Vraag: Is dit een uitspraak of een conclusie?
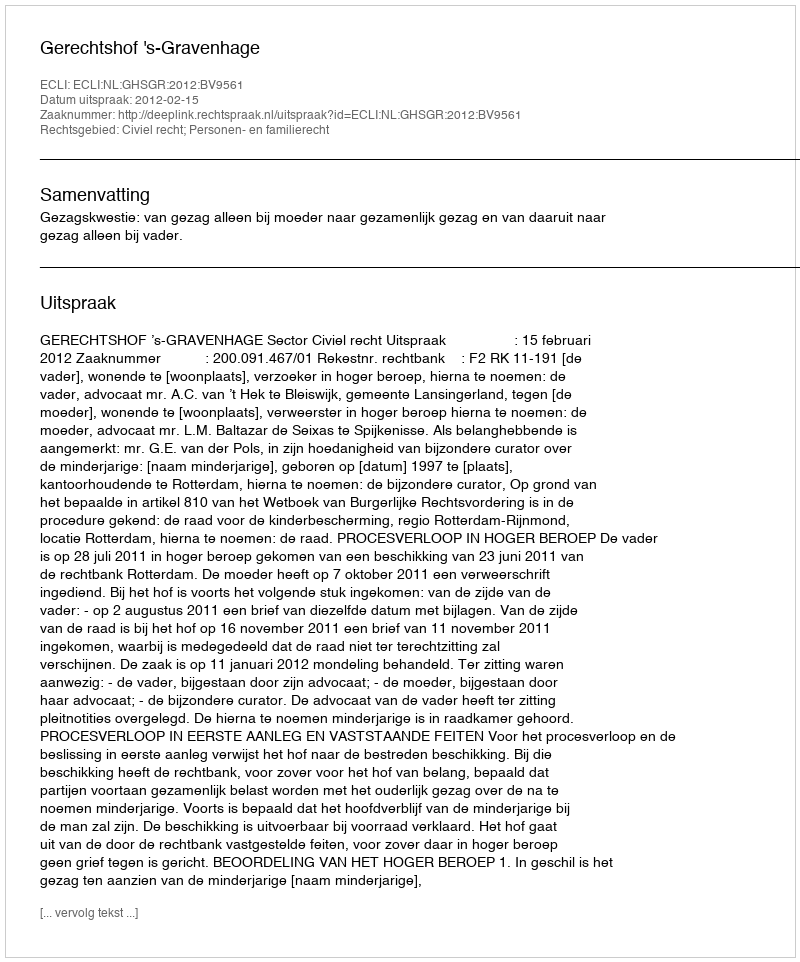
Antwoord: Uitspraak